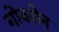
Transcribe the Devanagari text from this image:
गोक्सेन